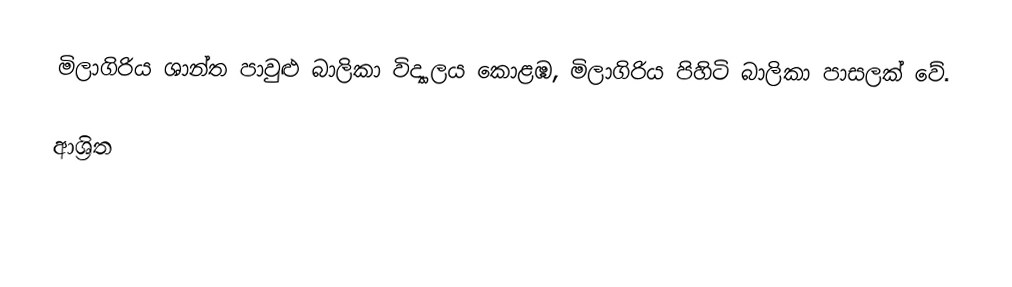
මිලාගිරිය ශාන්ත පාවුළු බාලිකා විද්‍යාලය කොළඹ, මිලාගිරිය පිහිටි බාලිකා පාසලක් වේ.

ආශ්‍රිත